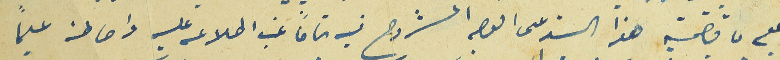
على ما تضمنه هذا السند على الوجه المشروح فيه تماماً غب اطلاعه عليه واحاطته علماً